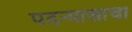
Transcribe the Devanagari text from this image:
पदन्यासाचा